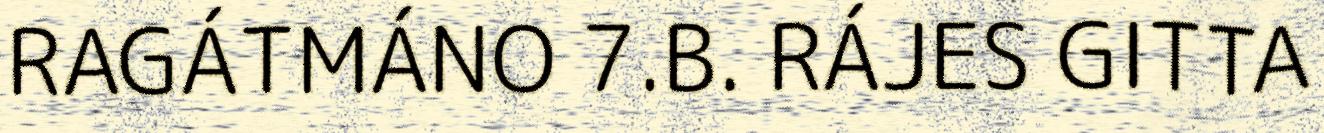
RAGÁTMÁNO 7.B. RÁJES GITTA